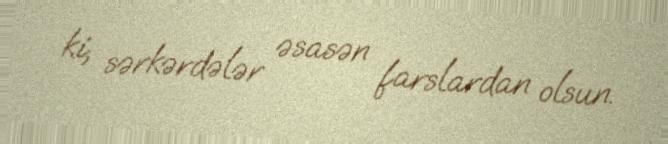
ki, sərkərdələr əsasən farslardan olsun.